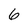
Character: 6